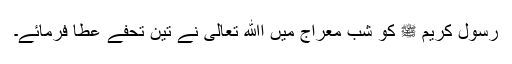
رسول کریم ﷺ کو شب معراج میں اﷲ تعالیٰ نے تین تحفے عطا فرمائے۔